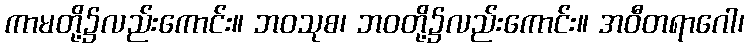
ကာမတို့၌လည်းကောင်း။ ဘဝသုစ၊ ဘဝတို့၌လည်းကောင်း။ အဝီတရာဂေါ၊